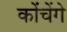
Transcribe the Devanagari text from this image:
कोंचेंगे